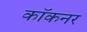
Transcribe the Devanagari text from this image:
कॉकनर